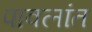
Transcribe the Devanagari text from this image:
पावलांत